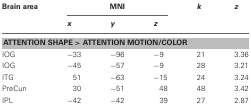
| Brain area | <COLSPAN=3> MNI | k | z |
 |  | x | y | z |  |  |
 | --- | --- | --- | --- | --- | --- |
 | <COLSPAN=6> ATTENTION SHAPE > ATTENTION MOTION/COLOR |
 | IOG | −33 | −96 | −9 | 21 | 3.36 |
 | IOG | −45 | −57 | −9 | 28 | 3.21 |
 | ITG | 51 | −63 | −15 | 24 | 3.24 |
 | PreCun | 30 | −51 | 48 | 48 | 3.42 |
 | IPL | −42 | −42 | 39 | 27 | 2.87 |